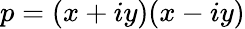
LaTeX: p=(x+iy)(x-iy)